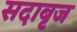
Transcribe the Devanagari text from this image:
सदाबृज